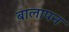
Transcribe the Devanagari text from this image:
बालापन